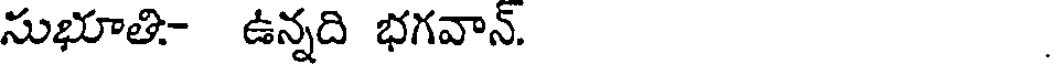
సుభూతి- ఉన్నది భగవాన్.